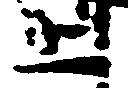
上